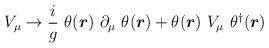
LaTeX: \begin{align*}V_\mu \rightarrow \frac{i}{g} ~ \theta(\mbox{\boldmath$r$})~\partial_\mu ~\theta(\mbox{\boldmath$r$}) + \theta(\mbox{\boldmath$r$})~V_\mu~\theta^\dag (\mbox{\boldmath$r$})\end{align*}